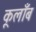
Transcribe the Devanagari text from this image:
कूलाँब